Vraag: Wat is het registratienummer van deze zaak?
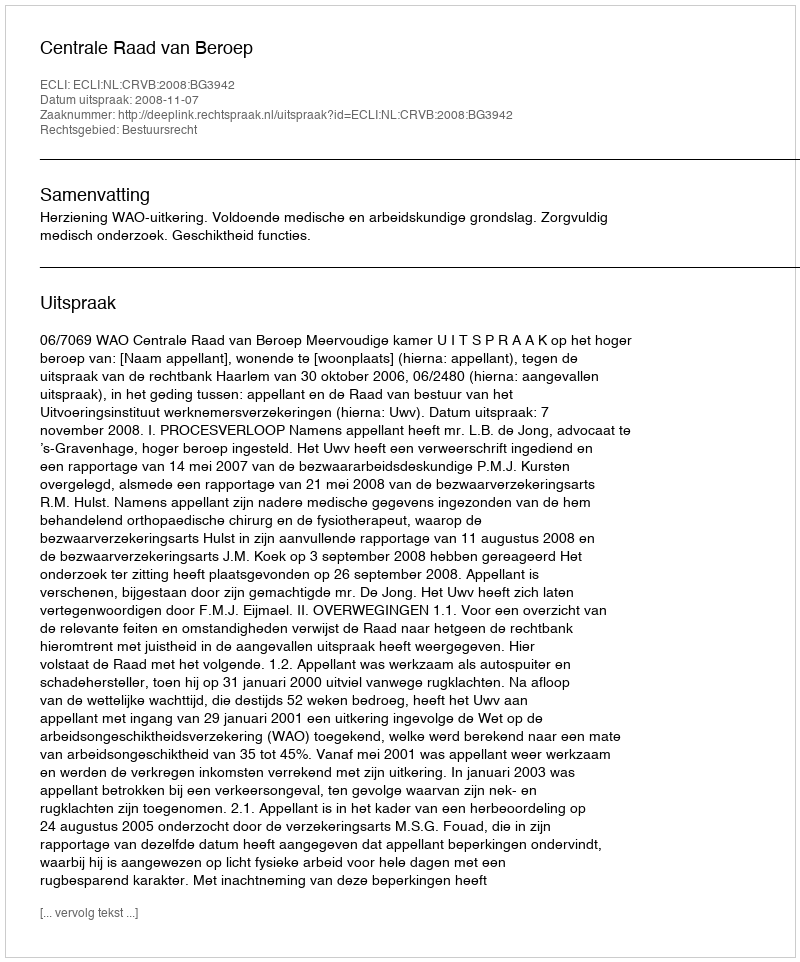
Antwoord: http://deeplink.rechtspraak.nl/uitspraak?id=ECLI:NL:CRVB:2008:BG3942